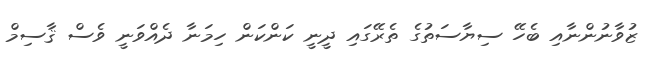
ޒުވާނުންނާއި ބެހޭ ސިޔާސަތުގެ ތެރޭގައި ދީނީ ކަންކަން ހިމަނާ ދެއްވަނީ ވެސް ޤާސިމް